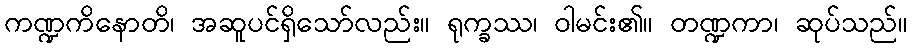
ကဏ္ဍကိနောတိ၊ အဆူပင်ရှိသော်လည်း။ ရုက္ခဿ၊ ဝါမင်း၏။ တဏ္ဍကာ၊ ဆုပ်သည်။